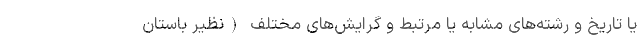
یا تاریخ و رشته‌های مشابه یا مرتبط و گرایش‌های مختلف (نظیر باستان